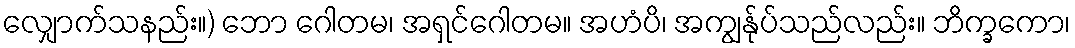
လျှောက်သနည်း။) ဘော ဂေါတမ၊ အရှင်ဂေါတမ။ အဟံပိ၊ အကျွန်ုပ်သည်လည်း။ ဘိက္ခကော၊